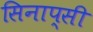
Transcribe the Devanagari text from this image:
सिनाप्सी